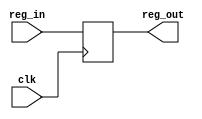
module Register(
	input clk,
	input [W-1:0] reg_in,
	output [W-1:0] reg_out
   );

	parameter W = 32;

	reg [W-1:0] Reg;

	assign reg_out = Reg;

	always@(posedge clk)
		begin
		Reg <= reg_in;
		end


endmodule